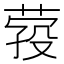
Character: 𦴎